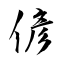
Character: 偐